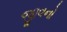
જીવનો